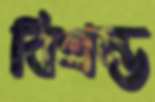
বিশ্রম্ভ